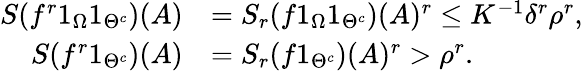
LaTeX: \begin{array}{rl}{S(f^{r}1_{\Omega}1_{\Theta^{c}})(A)}&{=S_{r}(f1_{\Omega}1_{\Theta^{c}})(A)^{r}\leq K^{-1}\delta^{r}\rho^{r},}\\ {S(f^{r}1_{\Theta^{c}})(A)}&{=S_{r}(f1_{\Theta^{c}})(A)^{r}>\rho^{r}.}\end{array}